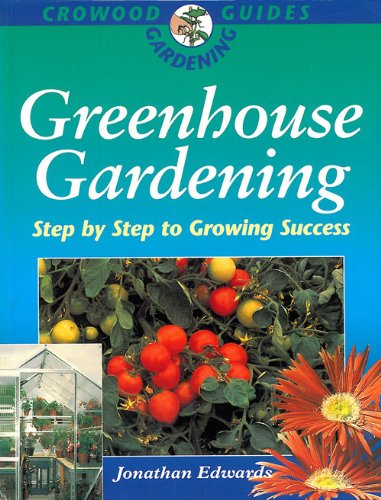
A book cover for Greenhouse Gardening: Step by Step to Growing Success (Crowood Gardening Guides); Jonathan Edwards; Crafts, Hobbies & Home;